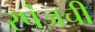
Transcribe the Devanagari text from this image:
स्पंजची